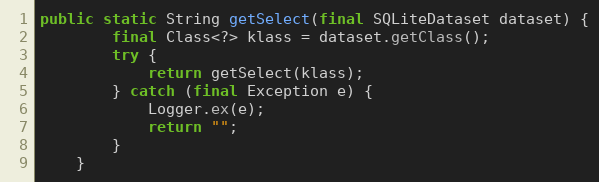
Language: Java
public static String getSelect(final SQLiteDataset dataset) {
		final Class<?> klass = dataset.getClass();
		try {
			return getSelect(klass);
		} catch (final Exception e) {
			Logger.ex(e);
			return "";
		}
	}